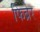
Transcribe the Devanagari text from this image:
फिब्रेर